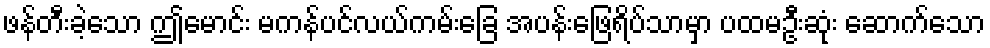
ဖန်တီးခဲ့သော ဤမောင်း မကန်ပင်လယ်ကမ်းခြေ အပန်းဖြေရိပ်သာမှာ ပထမဦးဆုံး ဆောက်သော